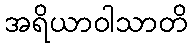
အရိယာဝါသာတိ